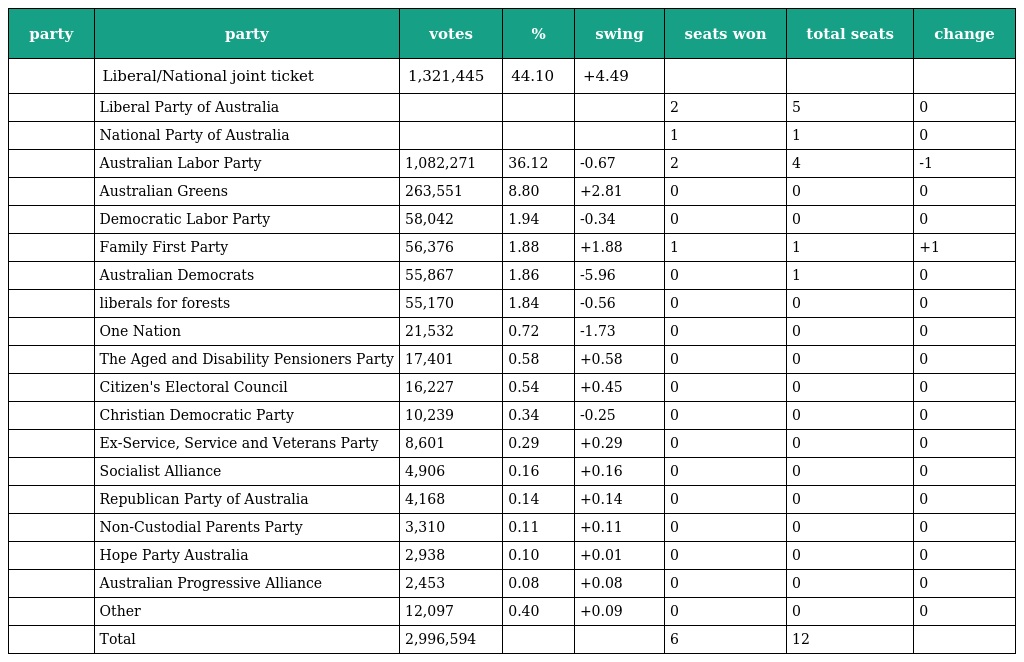
| party | party | votes | % | swing | seats won | total seats | change |
 | --- | --- | --- | --- | --- | --- | --- | --- |
 |  | Liberal/National joint ticket | 1,321,445 | 44.10 | +4.49 |  |  |  |
 |  | Liberal Party of Australia |  |  |  | 2 | 5 | 0 |
 |  | National Party of Australia |  |  |  | 1 | 1 | 0 |
 |  | Australian Labor Party | 1,082,271 | 36.12 | -0.67 | 2 | 4 | -1 |
 |  | Australian Greens | 263,551 | 8.80 | +2.81 | 0 | 0 | 0 |
 |  | Democratic Labor Party | 58,042 | 1.94 | -0.34 | 0 | 0 | 0 |
 |  | Family First Party | 56,376 | 1.88 | +1.88 | 1 | 1 | +1 |
 |  | Australian Democrats | 55,867 | 1.86 | -5.96 | 0 | 1 | 0 |
 |  | liberals for forests | 55,170 | 1.84 | -0.56 | 0 | 0 | 0 |
 |  | One Nation | 21,532 | 0.72 | -1.73 | 0 | 0 | 0 |
 |  | The Aged and Disability Pensioners Party | 17,401 | 0.58 | +0.58 | 0 | 0 | 0 |
 |  | Citizen's Electoral Council | 16,227 | 0.54 | +0.45 | 0 | 0 | 0 |
 |  | Christian Democratic Party | 10,239 | 0.34 | -0.25 | 0 | 0 | 0 |
 |  | Ex-Service, Service and Veterans Party | 8,601 | 0.29 | +0.29 | 0 | 0 | 0 |
 |  | Socialist Alliance | 4,906 | 0.16 | +0.16 | 0 | 0 | 0 |
 |  | Republican Party of Australia | 4,168 | 0.14 | +0.14 | 0 | 0 | 0 |
 |  | Non-Custodial Parents Party | 3,310 | 0.11 | +0.11 | 0 | 0 | 0 |
 |  | Hope Party Australia | 2,938 | 0.10 | +0.01 | 0 | 0 | 0 |
 |  | Australian Progressive Alliance | 2,453 | 0.08 | +0.08 | 0 | 0 | 0 |
 |  | Other | 12,097 | 0.40 | +0.09 | 0 | 0 | 0 |
 |  | Total | 2,996,594 |  |  | 6 | 12 |  |